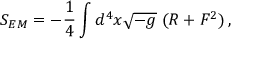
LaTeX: S _ { E M } = - { \frac { 1 } { 4 } } \int d ^ { 4 } x \sqrt { - g } \; ( R + F ^ { 2 } ) \, ,